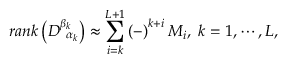
r a n k \left( D _ { \; \; \alpha _ { k } } ^ { \beta _ { k } } \right) \approx \sum _ { i = k } ^ { L + 1 } \left( - \right) ^ { k + i } M _ { i } , \; k = 1 , \cdots , L ,